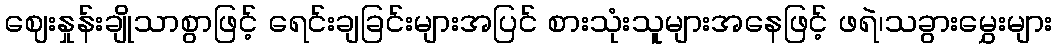
ဈေးနှုန်းချိုသာစွာဖြင့် ရေင်းချခြင်းများအပြင် စားသုံးသူများအနေဖြင့် ဖရဲ၊သခွားမွှေးများ